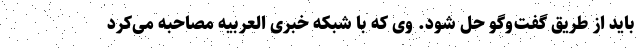
باید از طریق گفت‌وگو حل شود. وی که با شبکه خبری العربیه مصاحبه می‌کرد